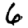
Digit: 6